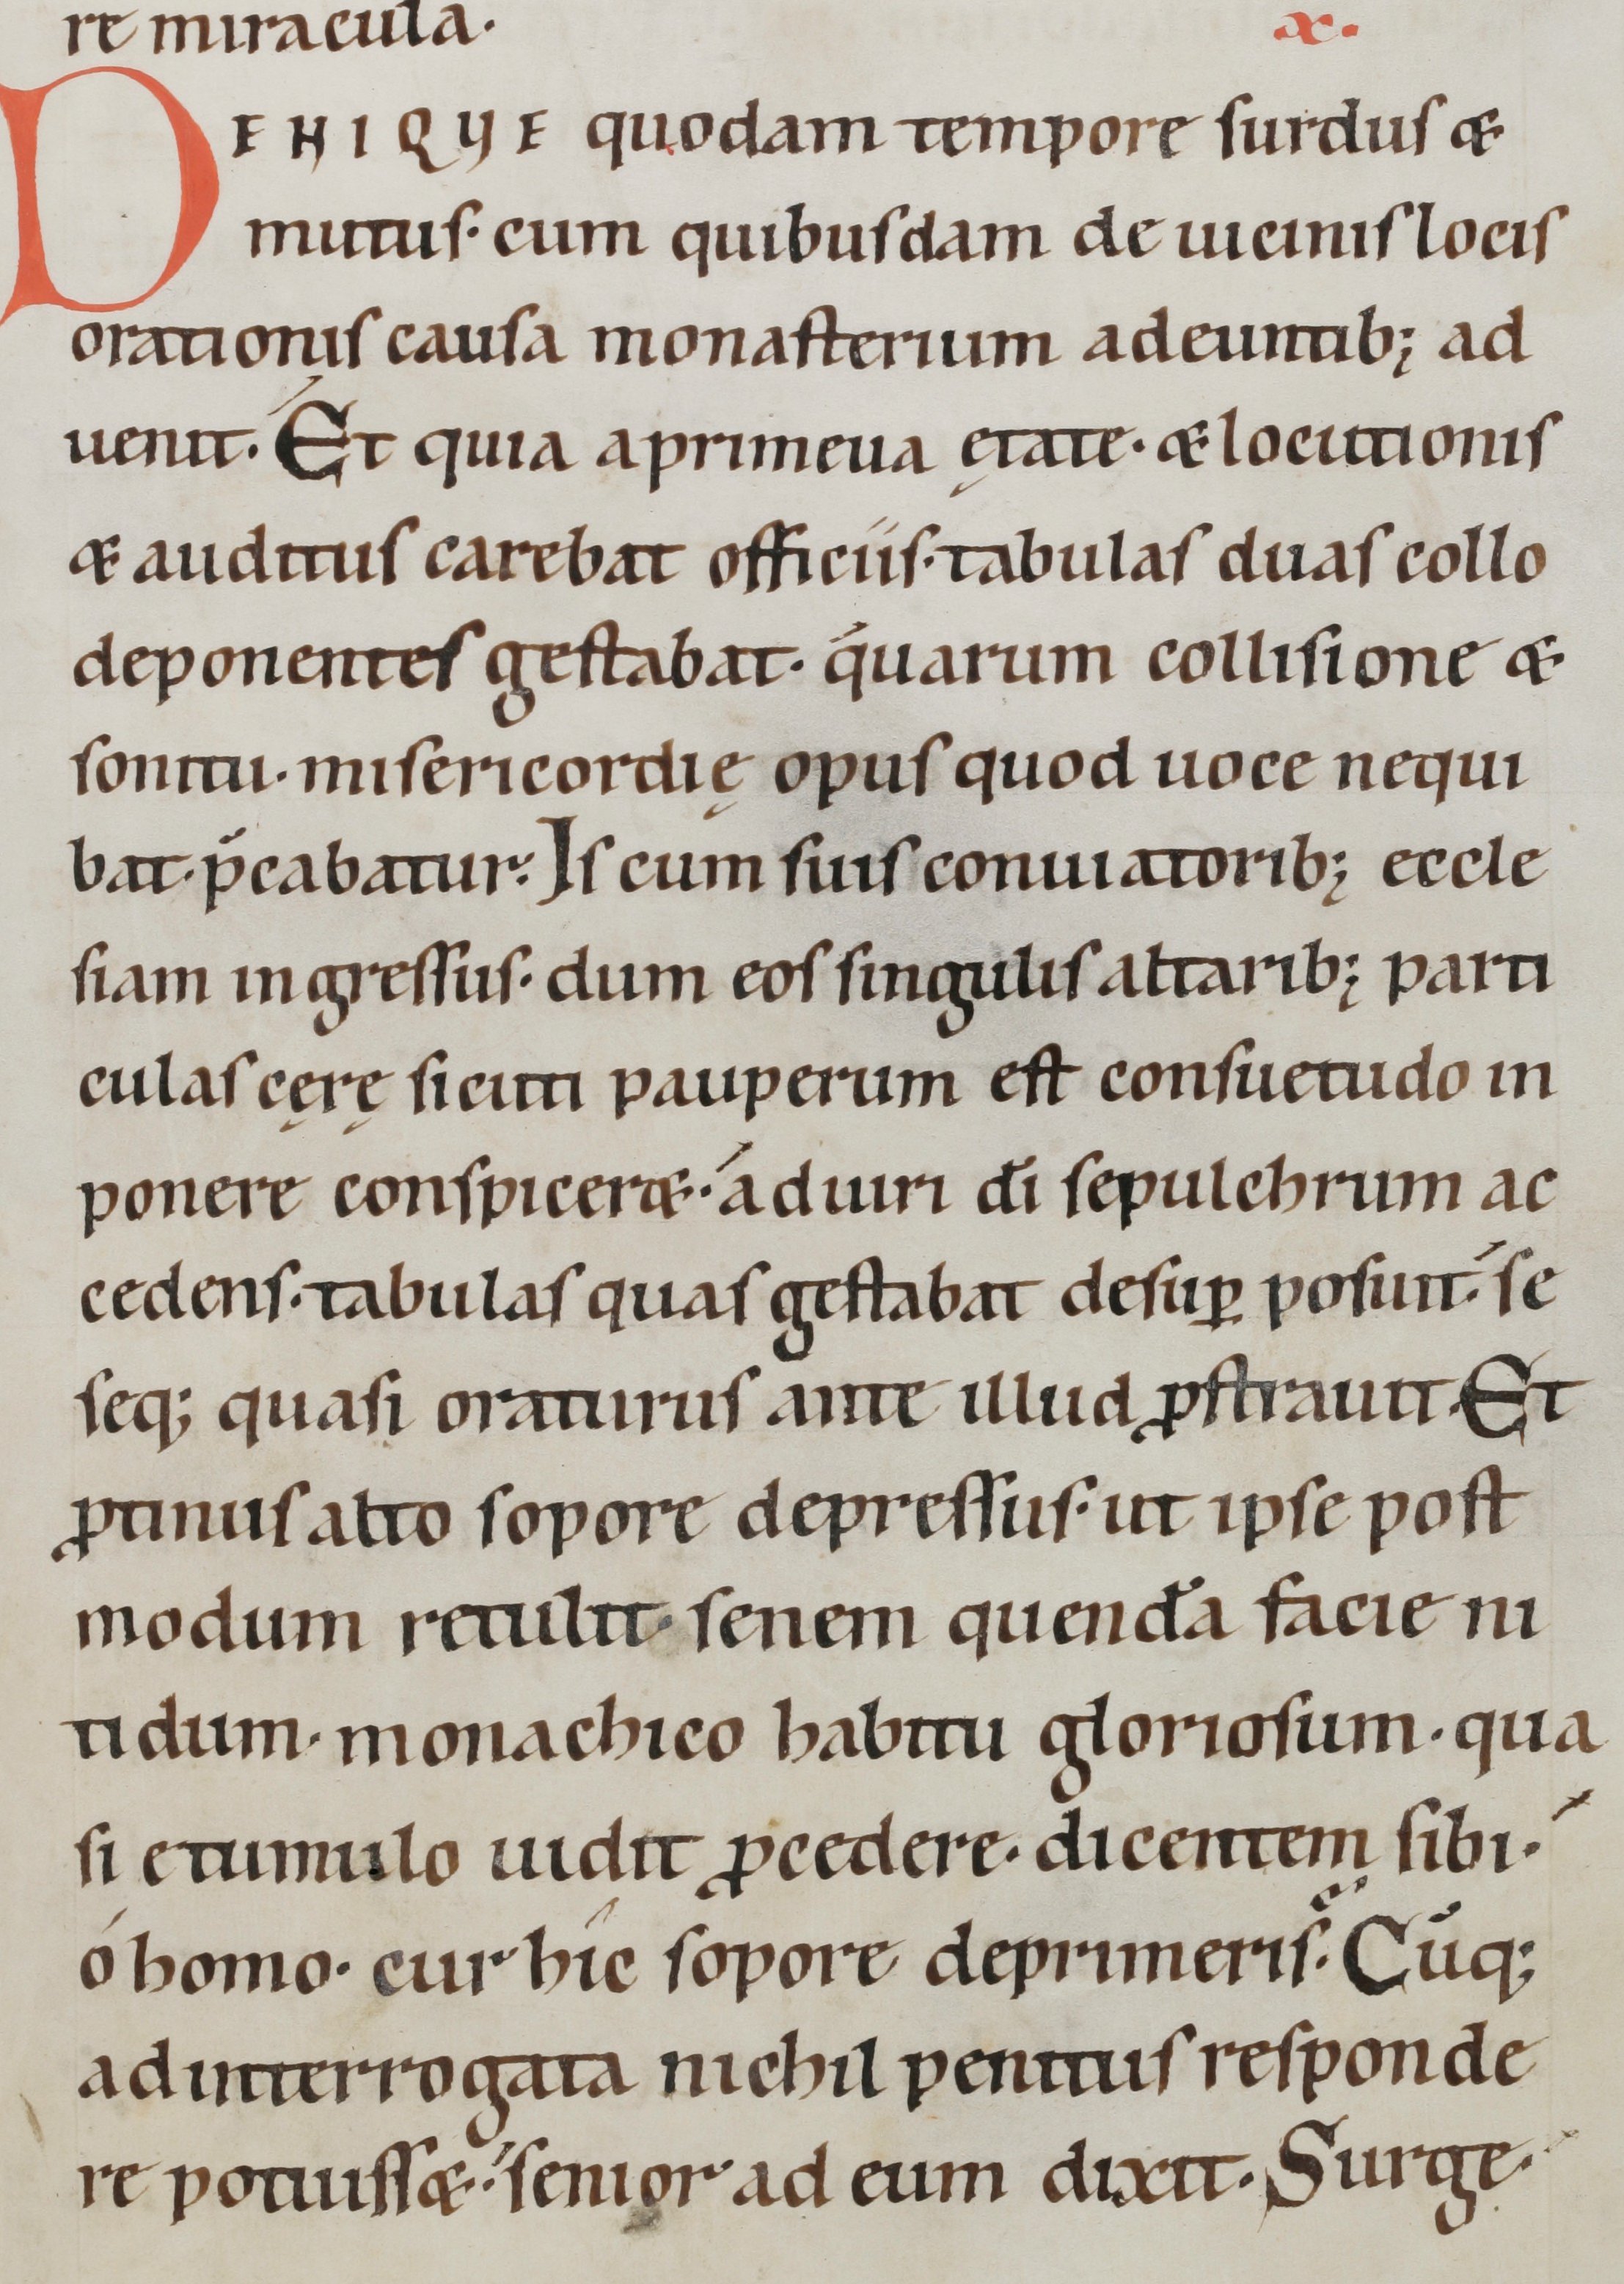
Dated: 1100–1199